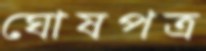
ঘোষপত্র